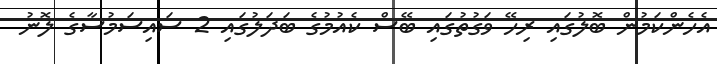
އެހެންކަމުން ބޮލުގައި ރިހޭ ވަގުތުގައި ބޭސް ކެއުމުގެ ބަދަލުގައި 2 ސައިސަމުސާގެ ލޮނު